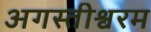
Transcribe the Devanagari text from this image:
अगस्तीश्वरम